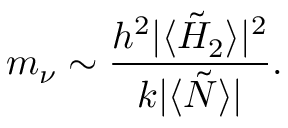
m _ { \nu } \sim { \frac { h ^ { 2 } \vert \langle \tilde { H } _ { 2 } \rangle \vert ^ { 2 } } { k \vert \langle \tilde { N } \rangle \vert } } .